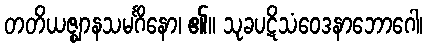
တတိယဇ္ဈာနသမင်္ဂိနော၊ ၏။ သုခပဋိသံဝေဒနာဘောဂေါ၊